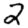
Digit: 2